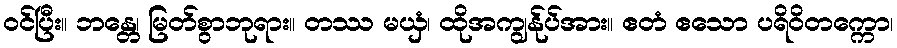
ဝင်ပြီး။ ဘန္တေ၊ မြတ်စွာဘုရား။ တဿ မယှံ၊ ထိုအကျွန်ုပ်အား။ ဧတံ ဧသော ပရိဝိတက္ကော၊